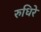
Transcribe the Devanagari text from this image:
रुधिरे